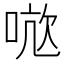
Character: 𭈤